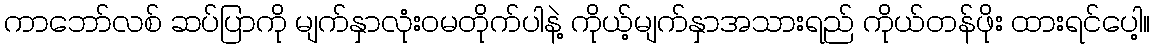
ကာဘော်လစ် ဆပ်ပြာကို မျက်နှာလုံးဝမတိုက်ပါနဲ့ ကိုယ့်မျက်နှာအသားရည် ကိုယ်တန်ဖိုး ထားရင်ပေါ့။